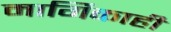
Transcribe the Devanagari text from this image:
मार्गिकाही